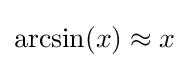
{\text{arcsin}}(x)\approx x